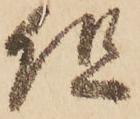
但